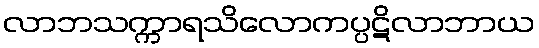
လာဘသက္ကာရသိလောကပ္ပဋိလာဘာယ